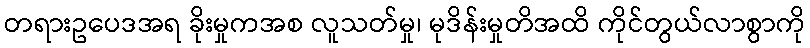
တရားဥပေဒအရ ခိုးမှုကအစ လူသတ်မှု၊ မုဒိန်းမှုတိအထိ ကိုင်တွယ်လာစွာကို